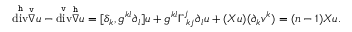
\overset { \mathtt { h } } { \operatorname { d i v } } \overset { \mathtt { v } } { \nabla } u - \overset { \mathtt { v } } { \operatorname { d i v } } \overset { \mathtt { h } } { \nabla } u = [ \delta _ { k } , g ^ { k l } \partial _ { l } ] u + g ^ { k l } \Gamma _ { \ k j } ^ { j } \partial _ { l } u + ( X u ) ( \partial _ { k } v ^ { k } ) = ( n - 1 ) X u .